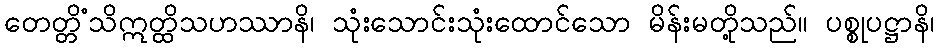
တေတ္တိံသိဣတ္ထိသဟဿာနိ၊ သုံးသောင်းသုံးထောင်သော မိန်းမတို့သည်။ ပစ္စုပဋ္ဌာနိ၊